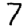
Digit: 7